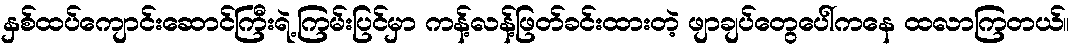
နှစ်ထပ်ကျောင်းဆောင်ကြီးရဲ့ကြမ်းပြင်မှာ ကန့်လန့်ဖြတ်ခင်းထားတဲ့ ဖျာချပ်တွေပေါ်ကနေ ထလာကြတယ်။